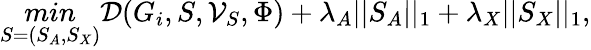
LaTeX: \mathop{min}_{S=(S_{A},S_{X})}\mathcal{D}(G_{i},S,\mathcal{V}_{S},\Phi)+\lambda_{A}||S_{A}||_{1}+\lambda_{X}||S_{X}||_{1},